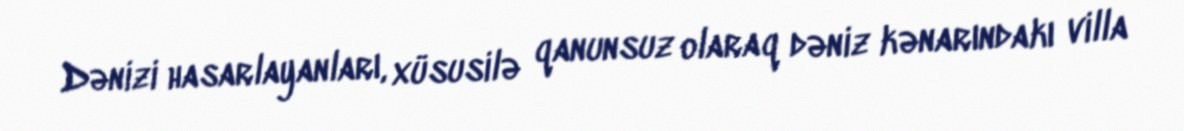
Dənizi hasarlayanları, xüsusilə qanunsuz olaraq dəniz kənarındakı villa